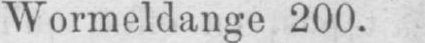
Wormeldange 200.